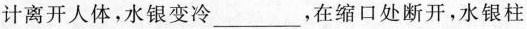
计离开人体，水银变冷___，在缩口处断开，水银柱